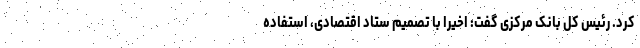
کرد. رئیس کل بانک مرکزی گفت: اخیراً با تصمیم ستاد اقتصادی، استفاده